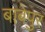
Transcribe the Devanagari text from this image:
बाबेपुर